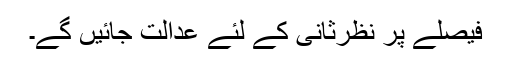
فیصلے پر نظرثانی کے لئے عدالت جائیں گے۔